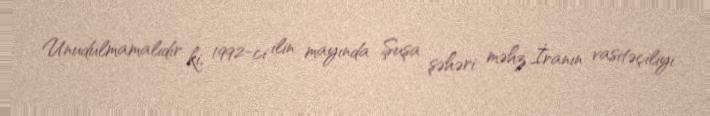
Unudulmamalıdır ki, 1992-ci ilin mayında Şuşa şəhəri məhz İranın vasitəçiliyi